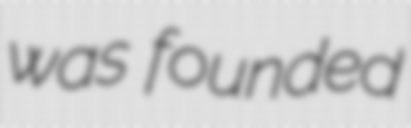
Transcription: was founded